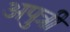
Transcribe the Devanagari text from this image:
अपुत्री